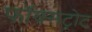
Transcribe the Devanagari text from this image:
फॉक्सट्रोट